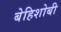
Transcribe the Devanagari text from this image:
बेहिशोबी